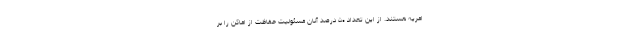
امریه هستند. از این تعداد ۵۰ درصد آنان مسئولیت حفاظت از اماکن را بر